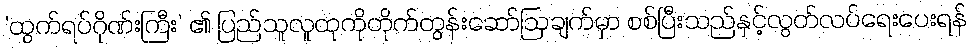
‘ထွက်ရပ်ဂိုဏ်းကြီး’ ၏ ပြည်သူလူထုကိုတိုက်တွန်းဆော်ဩချက်မှာ စစ်ပြီးသည်နှင့်လွတ်လပ်ရေးပေးရန်